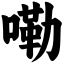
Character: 嘞